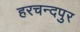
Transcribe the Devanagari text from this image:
हरचन्‍दपुर